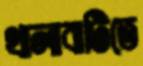
থালাবাটিতে